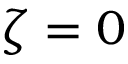
\zeta = 0